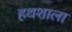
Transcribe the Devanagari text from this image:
हथशाला